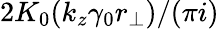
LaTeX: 2K_{0}(k_{z}\gamma_{0}r_{\perp})/(\pi i)